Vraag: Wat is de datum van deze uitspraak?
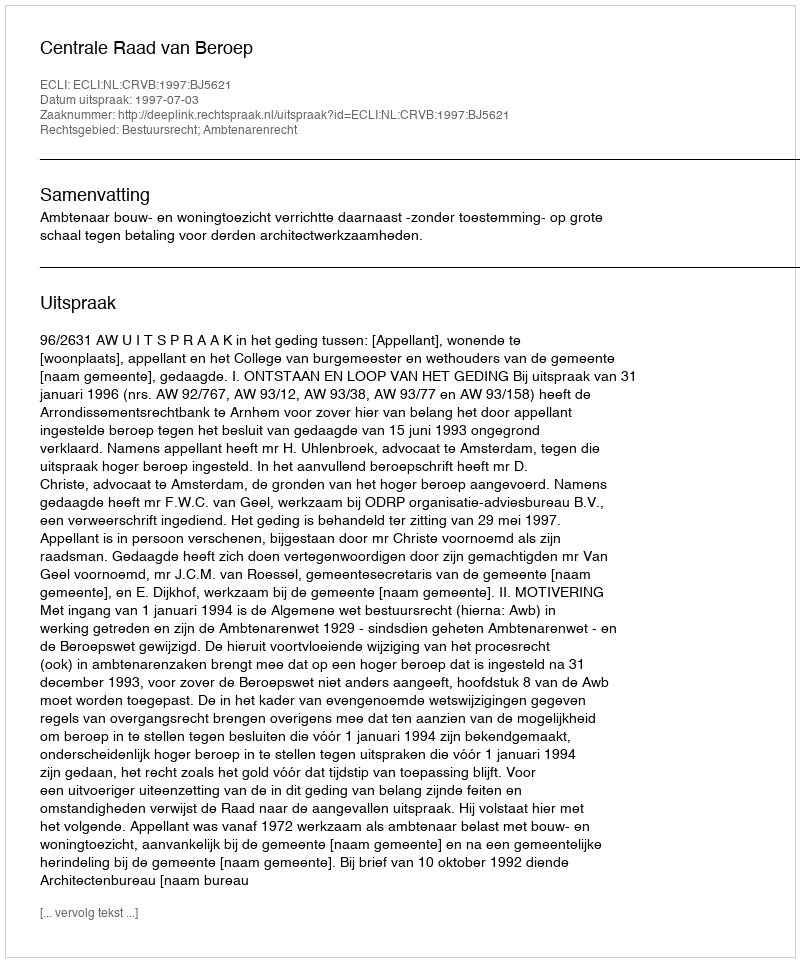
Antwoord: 1997-07-03